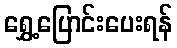
ရွှေ့ပြောင်းပေးရန်